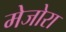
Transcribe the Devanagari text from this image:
मेजोरा